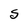
Character: S